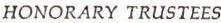
HONORARY TRUSTEES